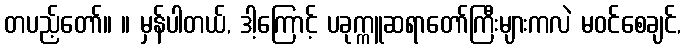
တပည့်တော်။ ။ မှန်ပါတယ်, ဒါ့ကြောင့် ပခုက္ကူဆရာတော်ကြီးများကလဲ မဝင်စေချင်,